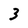
Character: 3